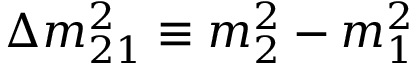
\Delta m _ { 2 1 } ^ { 2 } \equiv m _ { 2 } ^ { 2 } - m _ { 1 } ^ { 2 }